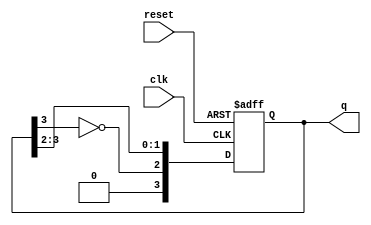
module johnson_counter #(parameter N = 4) (
    input wire clk,             // Clock signal
    input wire reset,           // Asynchronous reset signal
    output reg [N-1:0] q        // Counter output
);

    // Always block triggered on the rising edge of the clock or the reset signal
    always @(posedge clk or posedge reset) begin
        if (reset) begin
            // Reset the counter to all zeros
            q <= 0;
        end else begin
            // Johnson counter logic
            q <= {~q[N-1], q[N-1:N-2]}; // Shift and feedback inverted last flip-flop output
        end
    end

endmodule